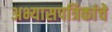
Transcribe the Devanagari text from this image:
अभ्यासपत्रिकांचे